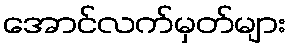
အောင်လက်မှတ်များ